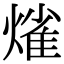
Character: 熦